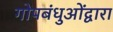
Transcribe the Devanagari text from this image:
गोपबंधुओंद्वारा